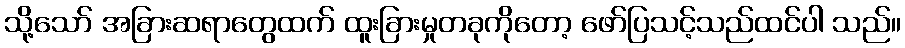
သို့သော် အခြားဆရာတွေထက် ထူးခြားမှုတခုကိုတော့ ဖော်ပြသင့်သည်ထင်ပါ သည်။